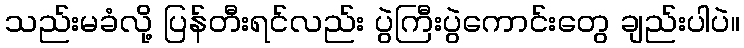
သည်းမခံလို့ ပြန်တီးရင်လည်း ပွဲကြီးပွဲကောင်းတွေ ချည်းပါပဲ။